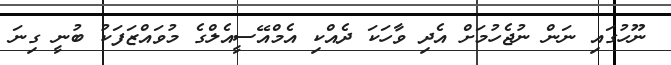
ނޫހުގައި ނަން ނުޖެހުމަށް އެދި ވާހަަކަ ދެއްކި އެމްއޭސީއެލްގެ މުވައްޒަފަކު ބުނީ ގިނަ